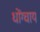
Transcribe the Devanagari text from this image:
धोंग्चाय